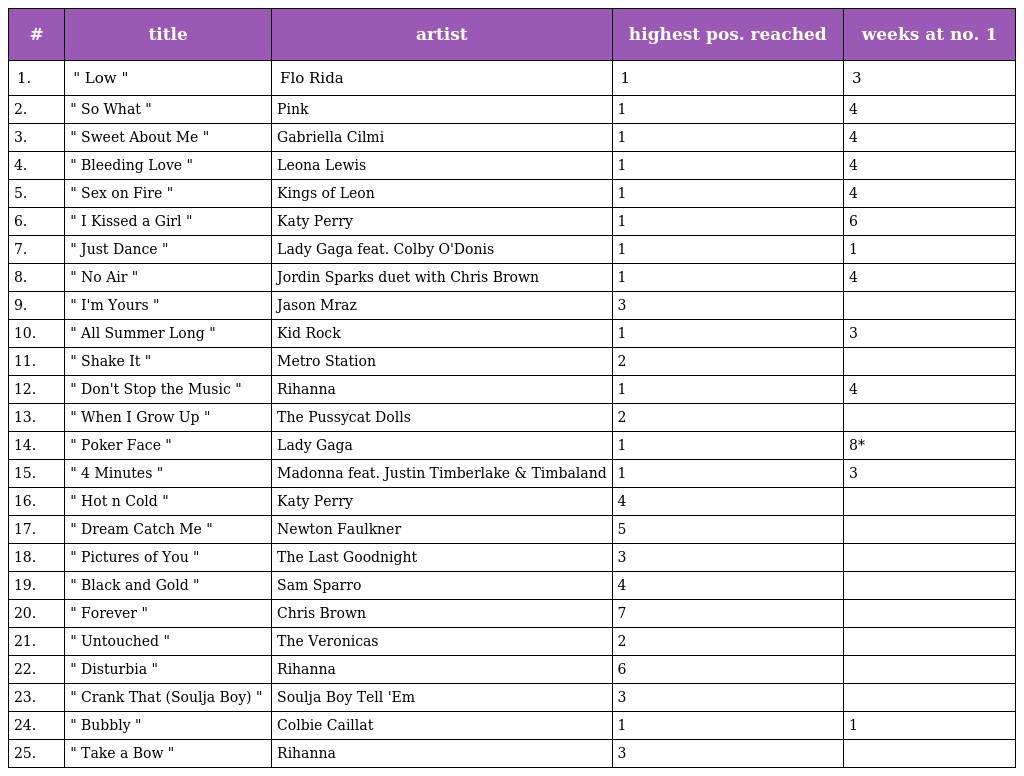
| # | title | artist | highest pos. reached | weeks at no. 1 |
 | --- | --- | --- | --- | --- |
 | 1. | " Low " | Flo Rida | 1 | 3 |
 | 2. | " So What " | Pink | 1 | 4 |
 | 3. | " Sweet About Me " | Gabriella Cilmi | 1 | 4 |
 | 4. | " Bleeding Love " | Leona Lewis | 1 | 4 |
 | 5. | " Sex on Fire " | Kings of Leon | 1 | 4 |
 | 6. | " I Kissed a Girl " | Katy Perry | 1 | 6 |
 | 7. | " Just Dance " | Lady Gaga feat. Colby O'Donis | 1 | 1 |
 | 8. | " No Air " | Jordin Sparks duet with Chris Brown | 1 | 4 |
 | 9. | " I'm Yours " | Jason Mraz | 3 |  |
 | 10. | " All Summer Long " | Kid Rock | 1 | 3 |
 | 11. | " Shake It " | Metro Station | 2 |  |
 | 12. | " Don't Stop the Music " | Rihanna | 1 | 4 |
 | 13. | " When I Grow Up " | The Pussycat Dolls | 2 |  |
 | 14. | " Poker Face " | Lady Gaga | 1 | 8* |
 | 15. | " 4 Minutes " | Madonna feat. Justin Timberlake & Timbaland | 1 | 3 |
 | 16. | " Hot n Cold " | Katy Perry | 4 |  |
 | 17. | " Dream Catch Me " | Newton Faulkner | 5 |  |
 | 18. | " Pictures of You " | The Last Goodnight | 3 |  |
 | 19. | " Black and Gold " | Sam Sparro | 4 |  |
 | 20. | " Forever " | Chris Brown | 7 |  |
 | 21. | " Untouched " | The Veronicas | 2 |  |
 | 22. | " Disturbia " | Rihanna | 6 |  |
 | 23. | " Crank That (Soulja Boy) " | Soulja Boy Tell 'Em | 3 |  |
 | 24. | " Bubbly " | Colbie Caillat | 1 | 1 |
 | 25. | " Take a Bow " | Rihanna | 3 |  |